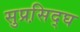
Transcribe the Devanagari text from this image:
सुप्रसि़द्घ